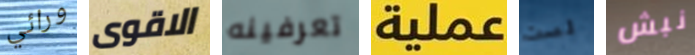
ورائي الاقوى تعرفينه عملية لست نبش